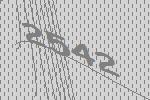
2542